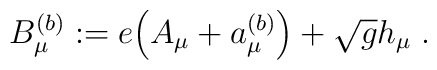
B_\mu^{(b)} := e \Big( A_\mu + a_\mu^{(b)} \Big) + \sqrt{g} h_\mu \; .